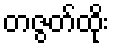
တဇွတ်ထိုး